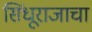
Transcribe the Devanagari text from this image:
सिंधूराजाचा